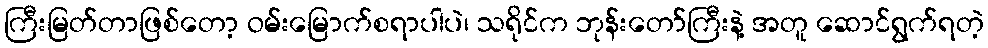
ကြီးမြတ်တာဖြစ်တော့ ဝမ်းမြောက်စရာပါပဲ၊ သရိုင်က ဘုန်းတော်ကြီးနဲ့ အတူ ဆောင်ရွက်ရတဲ့